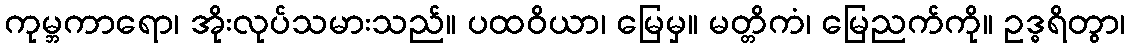
ကုမ္ဘကာရော၊ အိုးလုပ်သမားသည်။ ပထဝိယာ၊ မြေမှ။ မတ္တိကံ၊ မြေညက်ကို။ ဥဒ္ဓရိတွာ၊